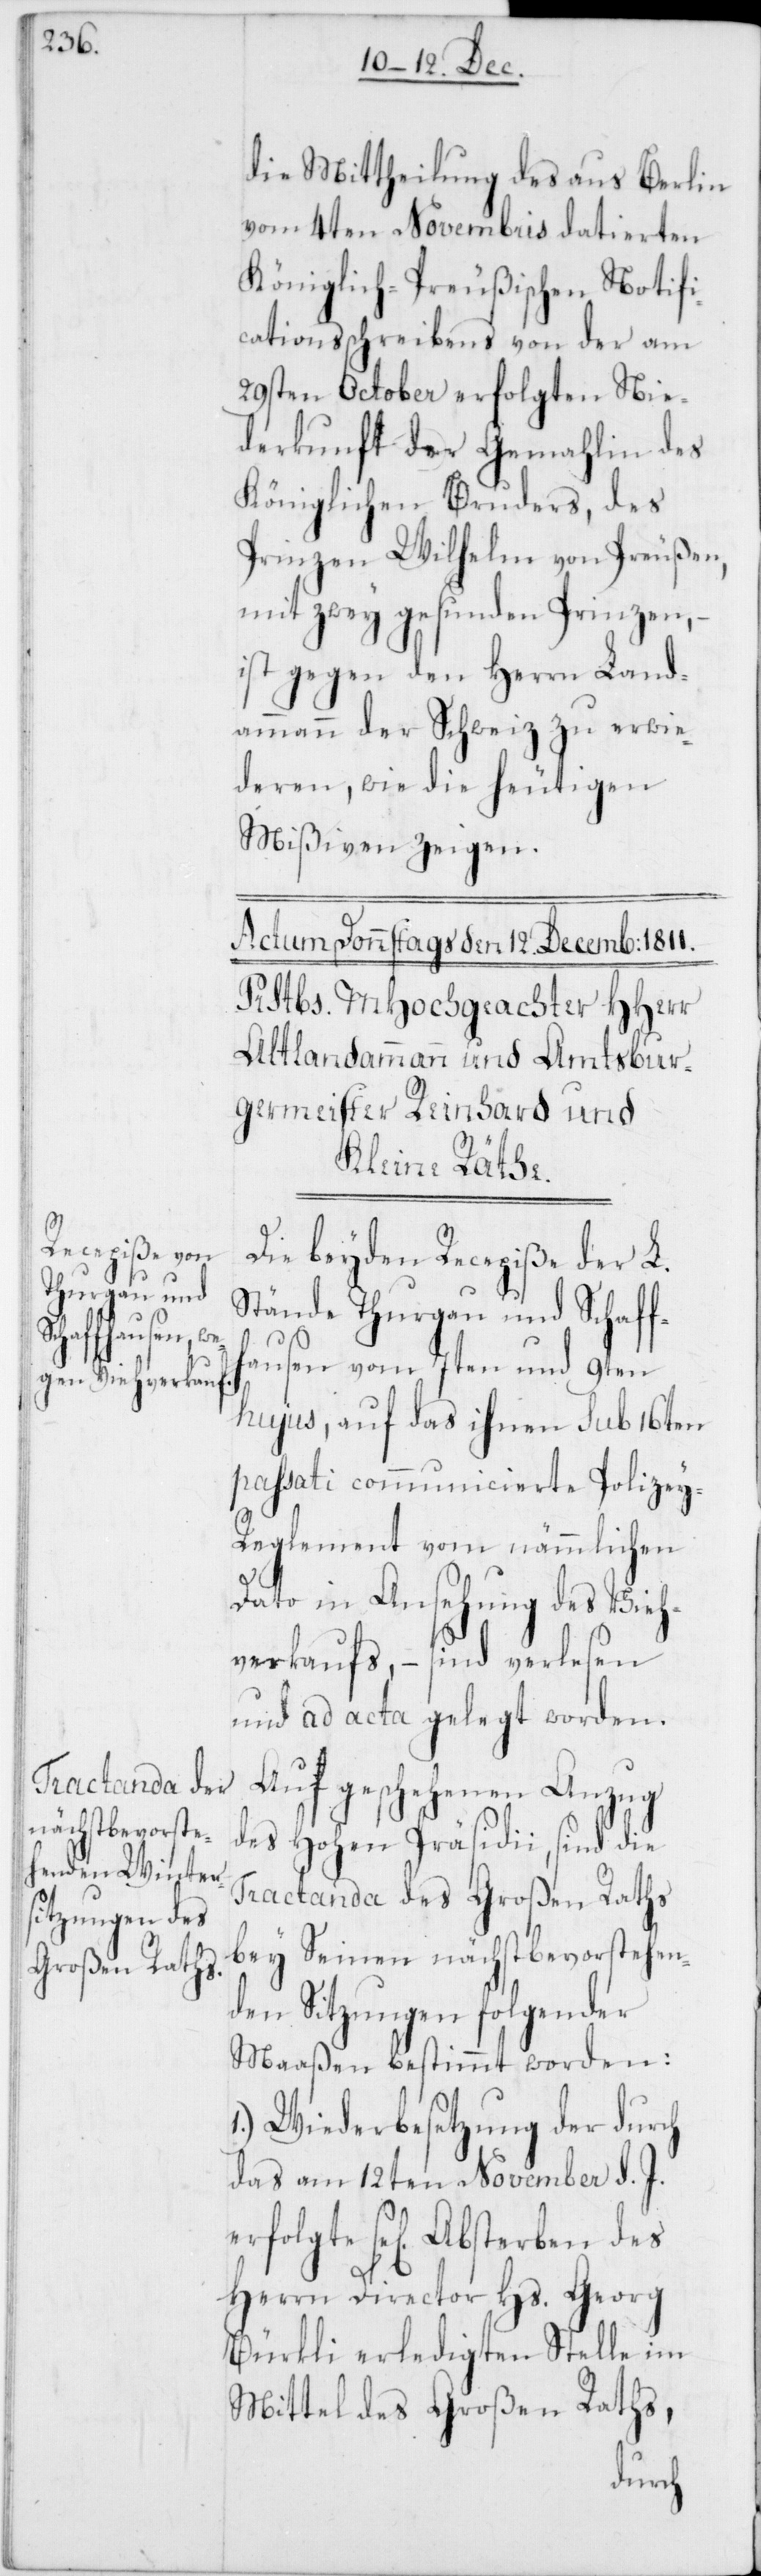
Absterben des

die Mittheilung des aus Berlin
vom 4ten Novembris datierten
Königlich-Preußischen Notifi¬
cationsschreibens von der am
29sten October erfolgten Nie¬
derkunft der Gemahlin des
Königlichen Bruders, des
Prinzen Wilhelm von Preußen,
mit zwey gesunden Prinzen,
ist gegen den Herrn Land¬
ammann der Schweiz zu erwi¬
deren, wie die heutigen
Mißiven zeigen.
Die beyden Recepiße der L.
Stände Thurgau und Schaff¬
hausen vom 7ten und 9ten
hujus, auf das ihnen sub 16ten
passati communicierte Polizey-R¬
egelement vom nämmlichen
Dato in Ansehung des Vieh¬
verkaufs, – sind verlesen
und ad acta gelegt worden.
Auf geschehenen Anzug
des Hohen Präsidii, sind die
Tractanda des Großen Raths
bey seinen nächstbevorstehen¬
den Sitzungen folgender
Maaßen bestimmt worden:
Wiederbesetzung der durch
das am 12ten November d. J.
Herrn Director Hs. Georg
Bürkli erledigten Stelle im
Mittel des Großen Raths,